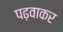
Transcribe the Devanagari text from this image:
पढ़वाकर